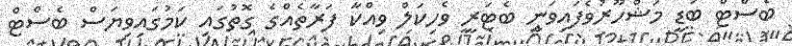
ބެސްޓް ބަޑީ މަޝްހޫރުވެފައިވަނީ ބެޓަރީ ވެހިކަލް ވިއްކާ ފަރާތެއްގެ ގޮތުގައި ކަމުގައިވިޔަސް ބެސްޓް